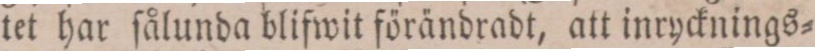
tet har ſålunda blifwit förändradt, att inrycknings=